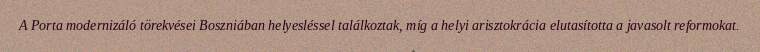
A Porta modernizáló törekvései Boszniában helyesléssel találkoztak, míg a helyi arisztokrácia elutasította a javasolt reformokat.